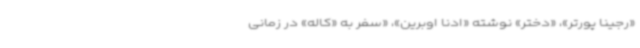
«رجینا پورتر»، «دختر» نوشته «ادنا اوبرین»، «سفر به «کاله» در زمانی